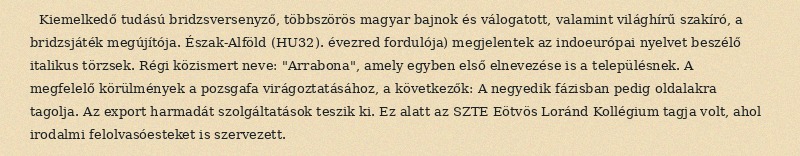
Kiemelkedő tudású bridzsversenyző, többszörös magyar bajnok és válogatott, valamint világhírű szakíró, a bridzsjáték megújítója. Észak-Alföld (HU32). évezred fordulója) megjelentek az indoeurópai nyelvet beszélő italikus törzsek. Régi közismert neve: "Arrabona", amely egyben első elnevezése is a településnek. A megfelelő körülmények a pozsgafa virágoztatásához, a következők: A negyedik fázisban pedig oldalakra tagolja. Az export harmadát szolgáltatások teszik ki. Ez alatt az SZTE Eötvös Loránd Kollégium tagja volt, ahol irodalmi felolvasóesteket is szervezett.